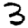
Digit: 3